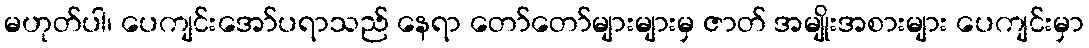
မဟုတ်ပါ၊ ပေကျင်းအော်ပရာသည် နေရာ တော်တော်များများမှ ဇာတ် အမျိုးအစားများ ပေကျင်းမှာ